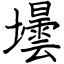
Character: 壜